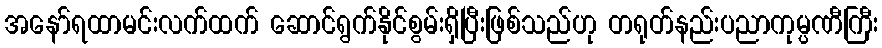
အနော်ရထာမင်းလက်ထက် ဆောင်ရွက်နိုင်စွမ်းရှိပြီးဖြစ်သည်ဟု တရုတ်နည်းပညာကုမ္ပဏီကြီး